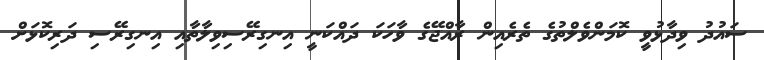
ސައުދު ވިދާޅުވީ ކޮމަންވެލްތުގެ ތެރެއިން ރާއްޖޭގެ ވާހަކަ ދައްކަނީ އިނގިރޭސިވިލާތާއި އިނގިރޭސި ދަރިކޮޅަށް